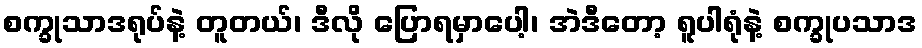
စက္ခုသာဒရုပ်နဲ့ တူတယ်၊ ဒီလို ပြောရမှာပေါ့၊ အဲဒီတော့ ရူပါရုံနဲ့ စက္ခုပသာဒ